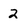
Character: 2